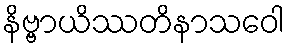
နိဗ္ဗာယိဿတိနာသဝေါ